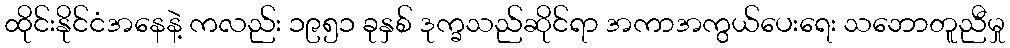
ထိုင်းနိုင်ငံအနေနဲ့ ကလည်း ၁၉၅၁ ခုနှစ် ဒုက္ခသည်ဆိုင်ရာ အကာအကွယ်ပေးရေး သဘောတူညီမှု